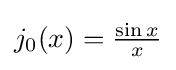
{\textstyle j_{0}(x)={\frac {\sin x}{x}}}